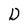
Character: D